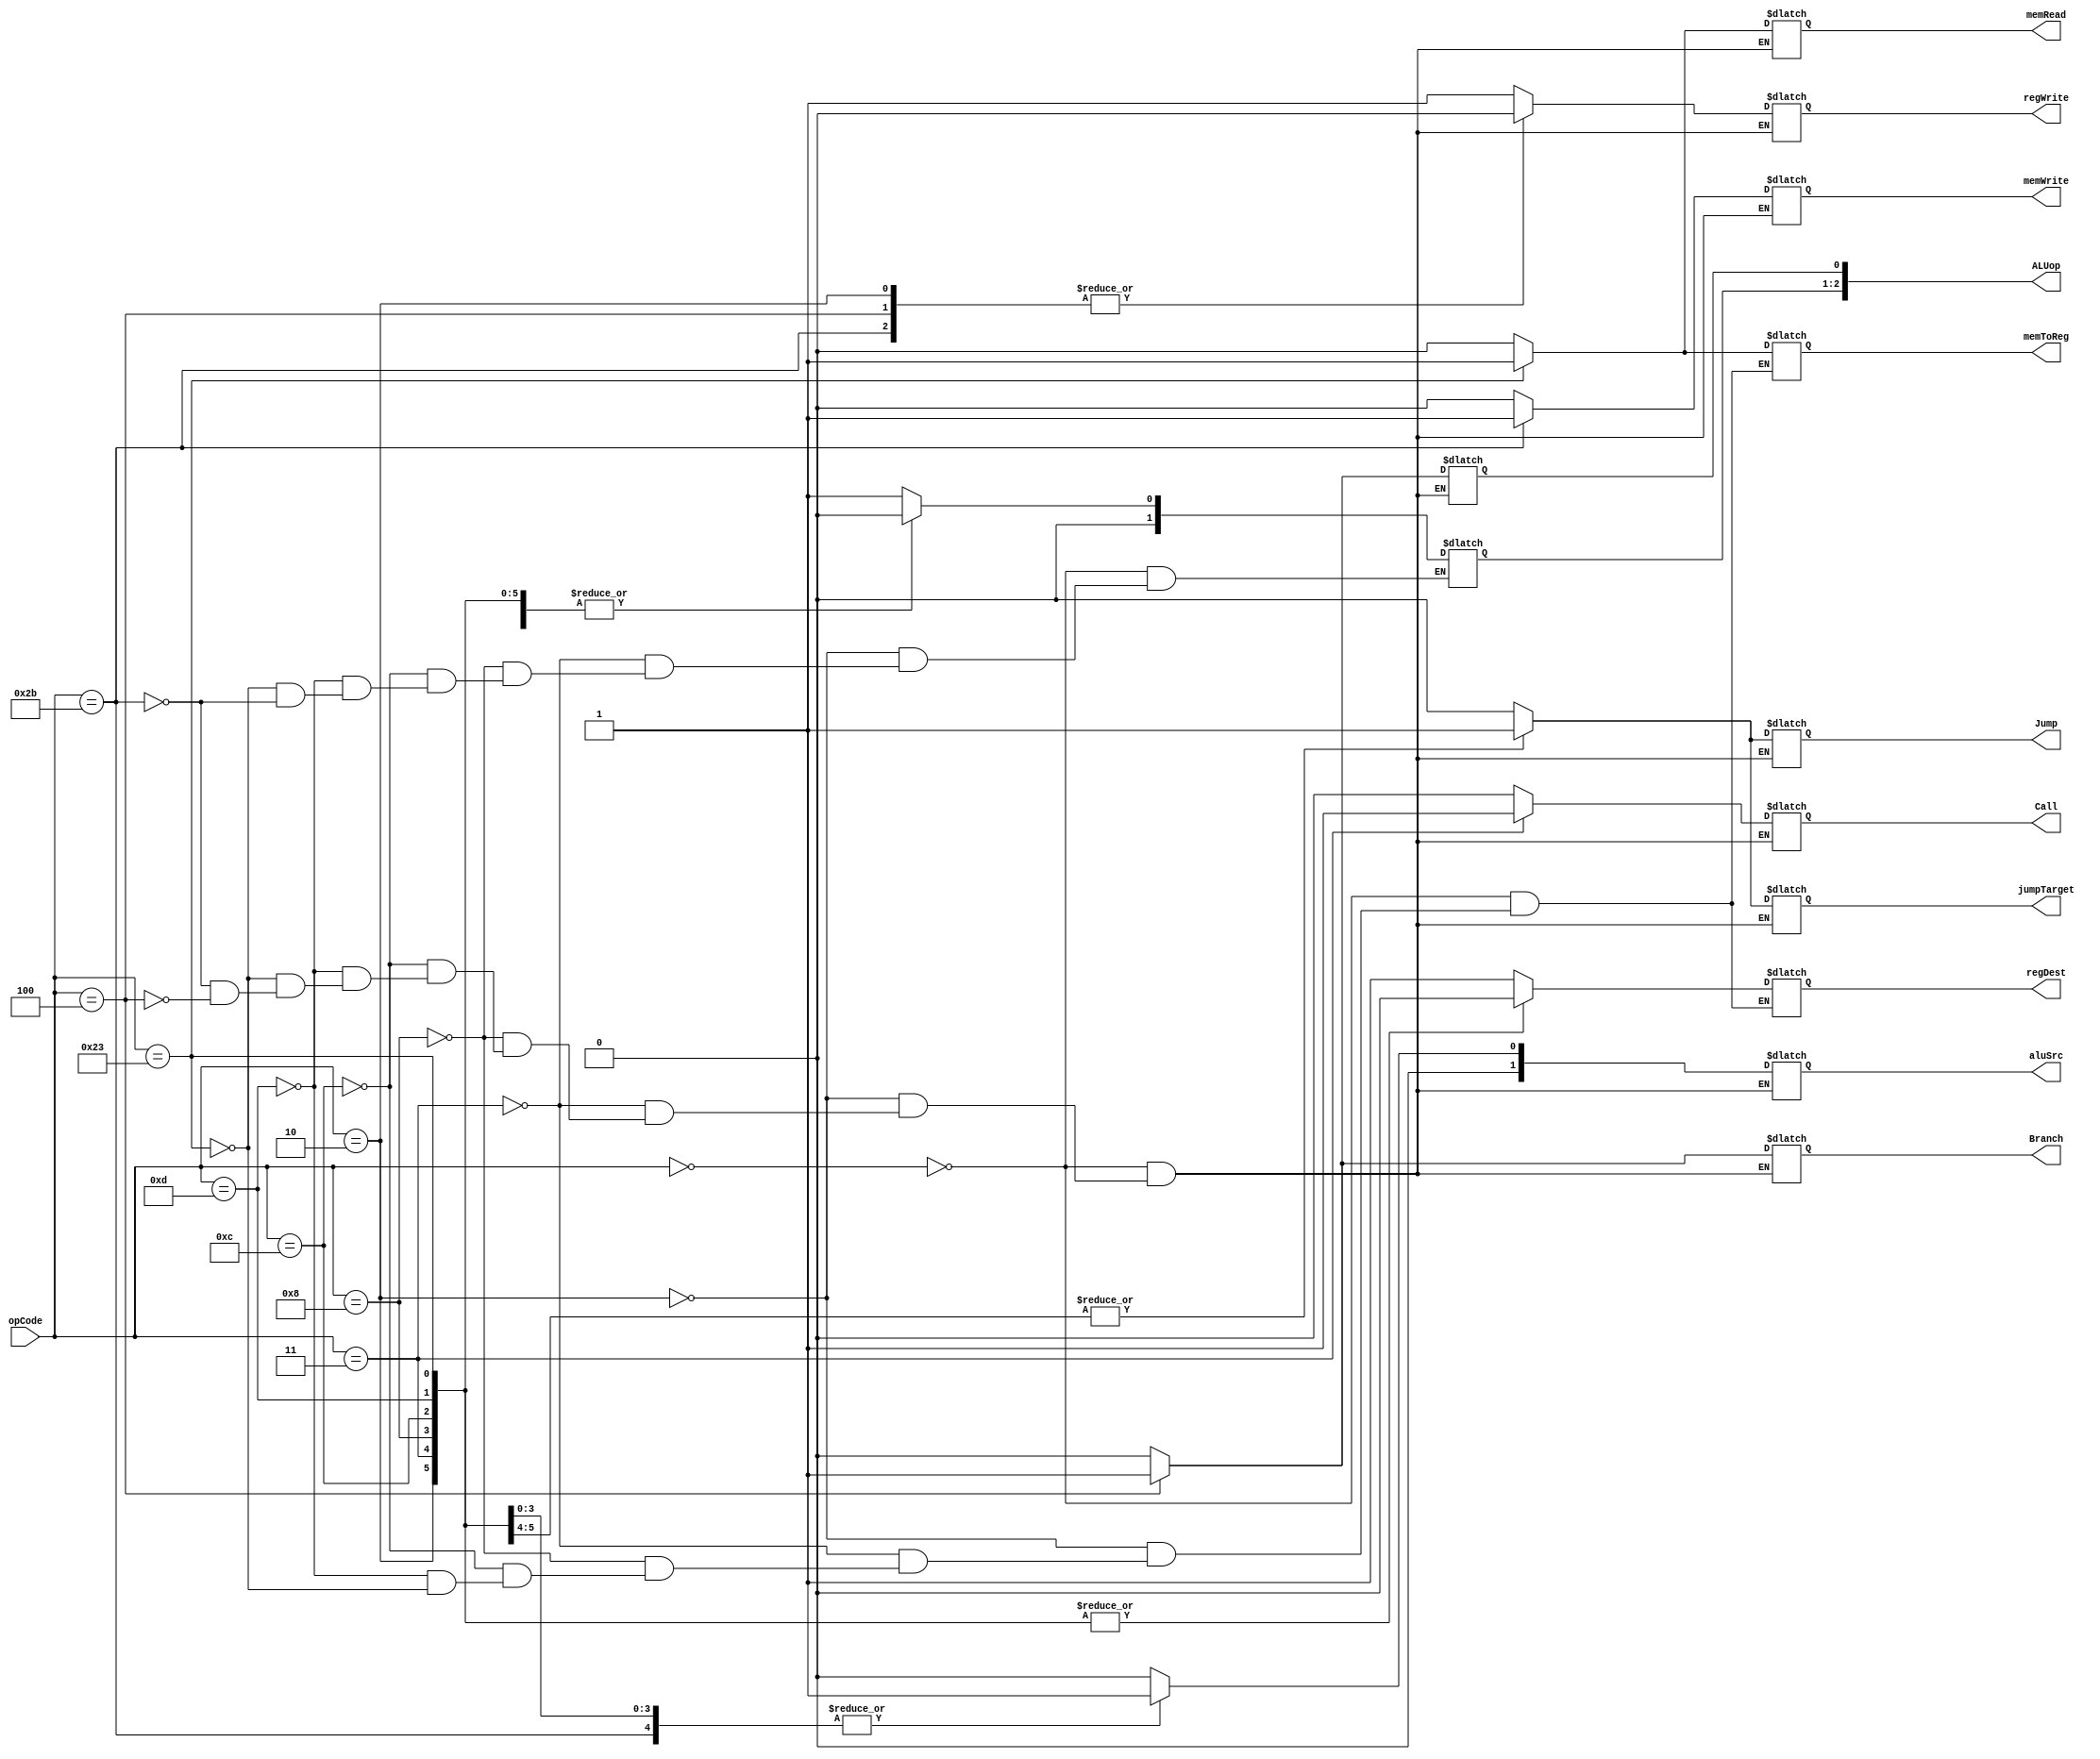
`timescale 1ns / 1ps
//////////////////////////////////////////////////////////////////////////////////
// Company: 
// Engineer: 
// 
// Design Name: 
// Module Name: Ctr
// Project Name: 
// Target Devices: 
// Tool Versions: 
// Description: 
// 
// Dependencies: 
// 
// Revision:
// Revision 0.01 - File Created
// Additional Comments:
// 
//////////////////////////////////////////////////////////////////////////////////


module Ctr(
    input [5:0] opCode,
    output reg regDest,
    output reg [1:0] aluSrc,
    output reg memToReg,
    output reg regWrite,
    output reg memRead,
    output reg memWrite,
    output reg Branch,
    output reg [2:0] ALUop,
    output reg Jump,
    output reg jumpTarget,
    output reg Call
    );
    always @(opCode)
    begin
        case(opCode)
            6'b000000://add,sub,and,or,slt,jr
            begin
                regDest=1;
                aluSrc=0;
                memToReg=0;
                regWrite=1;
                memRead=0;
                memWrite=0;
                Branch=0;
                Jump=0;
                jumpTarget=0;
                Call=0;
                ALUop=3'b010;
            end
            6'b000010://jump
            begin
                regDest=0;
                aluSrc=0;
                memToReg=0;
                regWrite=0;
                memRead=0;
                memWrite=0;
                Branch=0;
                Jump=1;
                jumpTarget=1;
                Call=0;
                ALUop=3'b000;
            end
            6'b000011://jal
            begin
                regDest=0;
                aluSrc=0;
                memToReg=0;
                regWrite=1;
                memRead=0;
                memWrite=0;
                Branch=0;
                Jump=1;
                jumpTarget=1;
                Call=1;
                ALUop=3'b000;
            end
            6'b001000://addi
            begin
                regDest=0;
                aluSrc=1;
                memToReg=0;
                regWrite=1;
                memRead=0;
                memWrite=0;
                Branch=0;
                Jump=0;
                jumpTarget=0;
                Call=0;
                ALUop=3'b000;
            end
            6'b001100://andi
            begin
                regDest=0;
                aluSrc=1;
                memToReg=0;
                regWrite=1;
                memRead=0;
                memWrite=0;
                Branch=0;
                Jump=0;
                jumpTarget=0;
                Call=0;
                ALUop=3'b000;
            end
            6'b001101://ori
            begin
                regDest=0;
                aluSrc=1;
                memToReg=0;
                regWrite=1;
                memRead=0;
                memWrite=0;
                Branch=0;
                Jump=0;
                jumpTarget=0;
                Call=0;
                ALUop=3'b000;
            end
            6'b100011://lw
            begin
                regDest=0;
                aluSrc=1;
                memToReg=1;
                regWrite=1;
                memRead=1;
                memWrite=0;
                Branch=0;
                Jump=0;
                jumpTarget=0;
                Call=0;
                ALUop=3'b000;
            end
            6'b101011://sw
            begin
                aluSrc=1;
                regWrite=0;
                memRead=0;
                memWrite=1;
                Branch=0;
                Jump=0;
                jumpTarget=0;
                Call=0;
                ALUop=3'b000;
            end
            6'b000100://beq
            begin
                aluSrc=0;
                regWrite=0;
                memRead=0;
                memWrite=0;
                Branch=1;
                Jump=0;
                jumpTarget=0;
                Call=0;
                ALUop[0]=3'b001;
            end
            
            
        endcase
    end
endmodule